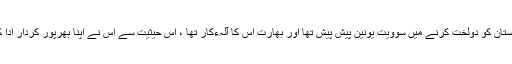
پاکستان کو دولخت کرنے میں سوویت یونین پیش پیش تھا اور بھارت اس کا آلہءکار تھا ، اس حیثیت سے اس نے اپنا بھرپور کردار ادا کیا۔